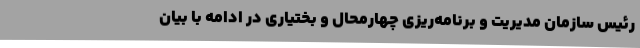
رئیس سازمان مدیریت و برنامه‌ریزی چهارمحال و بختیاری در ادامه با بیان